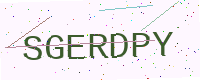
Text: SGERDPY